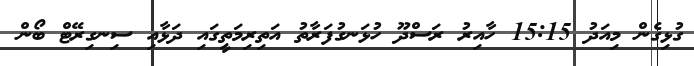
ގުޅިގެން މިއަދު 15:15 ހާއިރު ރަސްދޫ ހުޅަނގުފަރާތު އަތިރިމަތީގައި ދަޅާއި ސިނގިރޭޓް ބޯން